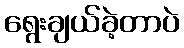
ရွေးချယ်ခဲ့တာပဲ